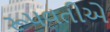
રૂપવતીએ